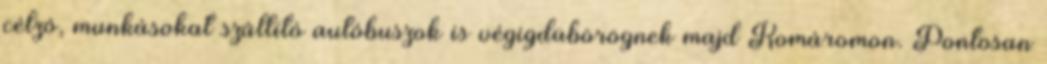
célzó, munkásokat szállító autóbuszok is végigdübörögnek majd Komáromon. Pontosan